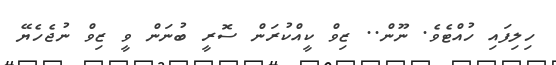
ހިލިފައި ހުއްޓެވެ. ނޫން.. ޒިވް ކީއްކުރަން ސޮރީ ބުނަން ވީ ޒިވް ނުޖެހެޔޭ